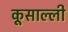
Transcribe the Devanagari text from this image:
कूसाल्ली